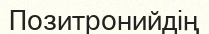
Позитронийдің